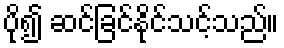
ပို၍ ဆင်ခြင်နိုင်သင့်သည်။